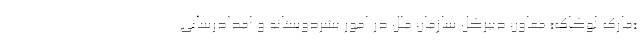
«مارک لوکاک» معاون دبیرکل سازمان ملل در امور بشردوستانه و امدادرسانی